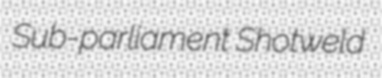
Sub-parliament Shotweld